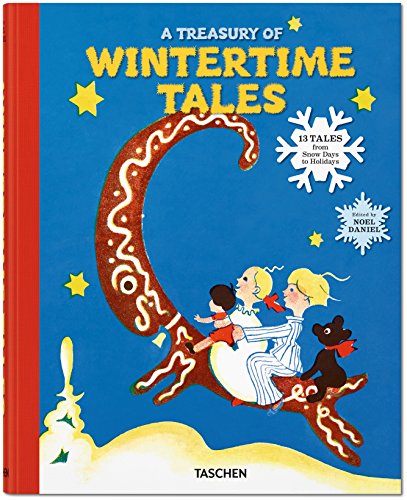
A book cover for A Treasury of Wintertime Tales; Children's Books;